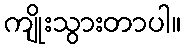
ကျိုးသွားတာပါ။